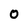
Character: 0